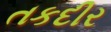
તકદીર